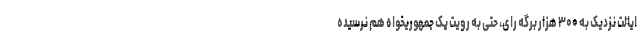
ایالت نزدیک به ۳۰۰ هزار برگه رای، حتی به رویت یک جمهوریخواه هم نرسیده